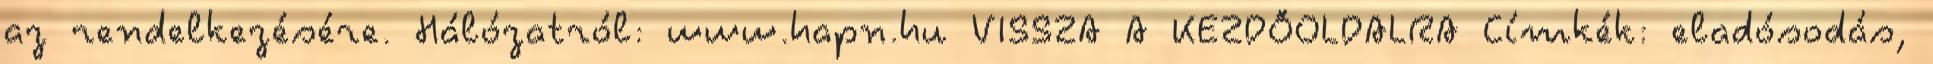
az rendelkezésére. Hálózatról: www.hapn.hu VISSZA A KEZDŐOLDALRA Címkék: eladósodás,